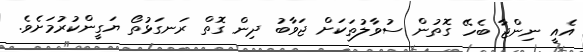
އެއީ ނިންޖާ ބެހޭ ގޮތުން ސުވާލުތަކަށް ޖަވާބު ދިން ގޮތް ރަނގަޅުތޯ ޔަގީންކުރުމަށެވެ.